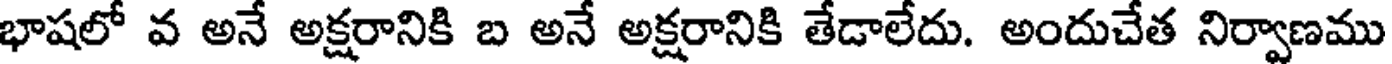
భాషలో వ అనే అక్షరానికి బ అనే అక్షరానికి తేడాలేదు. అందుచేత నిర్వాణము